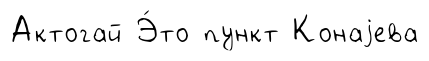
Актогай Э́то пункт Конаjева